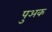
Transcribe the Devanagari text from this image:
पुअक